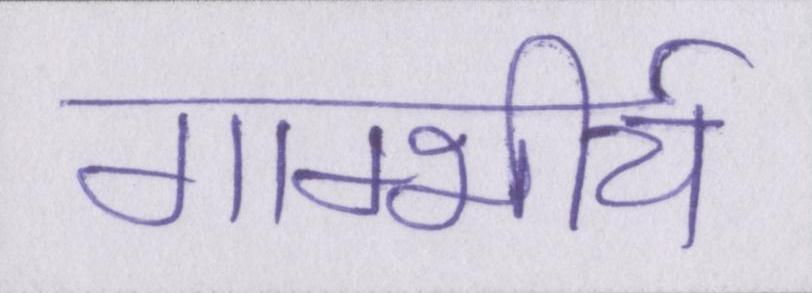
गाम्भीर्य